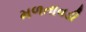
મળતાવડી